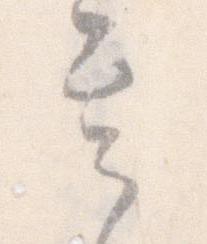
其